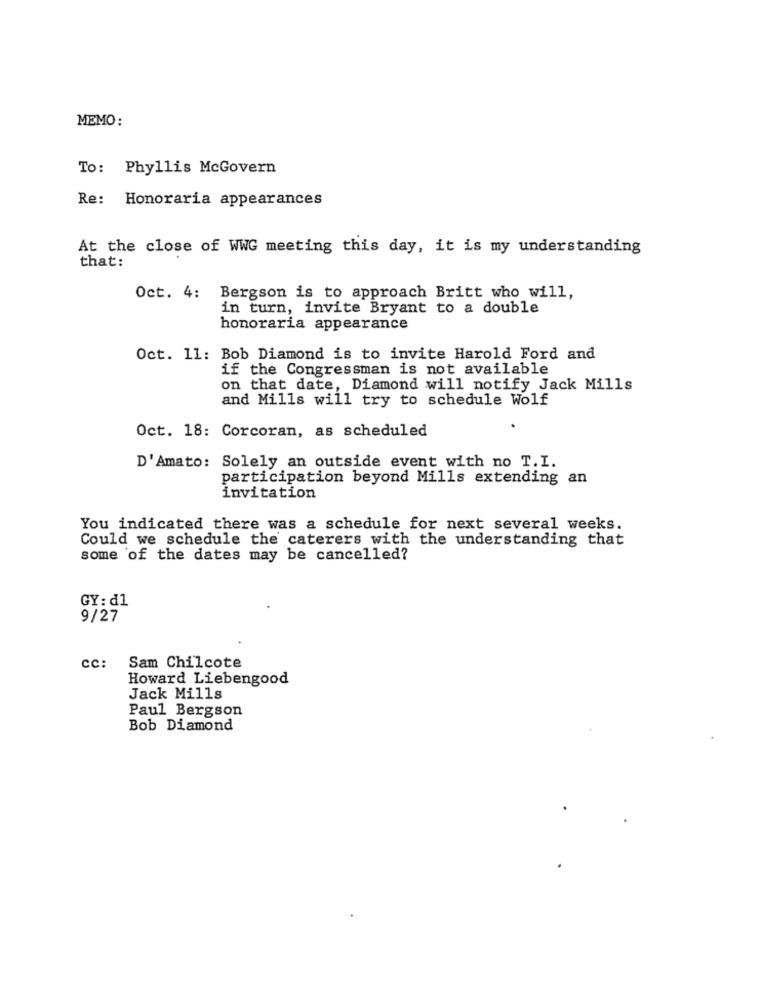
MEMO:
To: Phyllis McGovern
Re: Honoraria appearances
At the close of WWG meeting this day, it is my understanding
that:
Oct. 4: Bergson is to approach Britt who will,
in turn, invite Bryant to a double
honoraria appearance
Oct. 11: Bob Diamond is to invite Harold Ford and
if the Congressman is not available
on that date, Diamond will notify Jack Mills
and Mills will try to schedule Wolf
Oct. 18: Corcoran, as scheduled
D'Amato: Solely an outside event with no T. I.
participation beyond Mills extending an
invitation
You indicated there was a schedule for next several weeks.
Could we schedule the caterers with the understanding that
some of the dates may be cancelled?
GY: d1
9/27
cc: Sam Chilcote
Howard Liebengood
Jack Mills
Paul Bergson
Bob Diamond